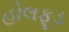
હોલફૂડ